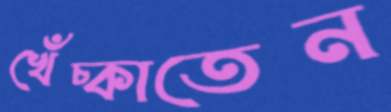
খেঁচ্‌কাতেন